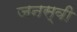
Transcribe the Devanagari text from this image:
जनस्वी